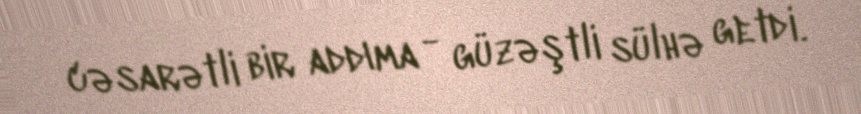
cəsarətli bir addıma - güzəştli sülhə getdi.